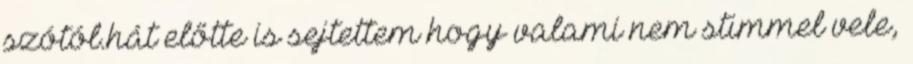
szótól.hát előtte is sejtettem hogy valami nem stimmel vele,